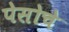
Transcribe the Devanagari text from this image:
पेसोचे